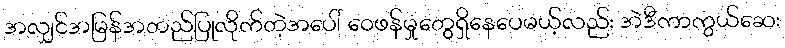
အလျှင်အမြန်အတည်ပြုလိုက်တဲ့အပေါ် ဝေဖန်မှုတွေရှိနေပေမယ့်လည်း အဲဒီကာကွယ်ဆေး